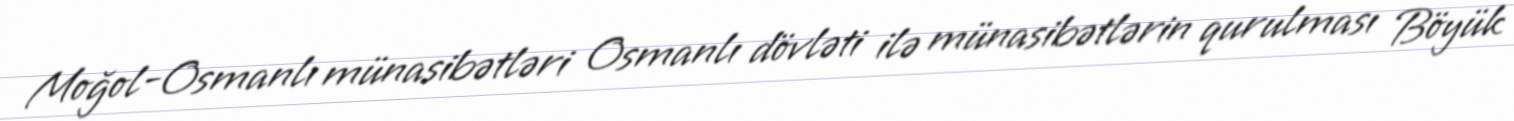
Moğol-Osmanlı münasibətləri Osmanlı dövləti ilə münasibətlərin qurulması Böyük